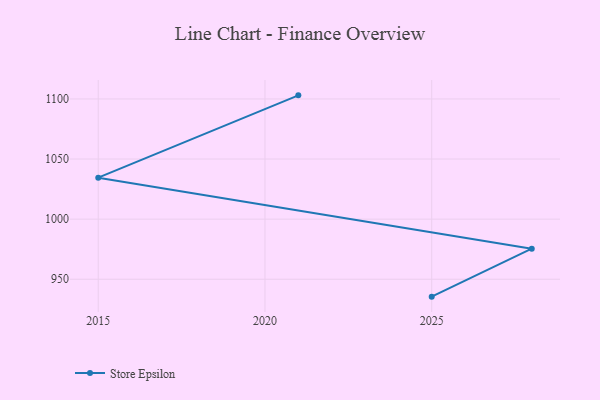
{"axis": {"x": "Year", "y": "Shipments"}, "legend": ["Store Epsilon"], "data": [{"x": "2025", "y": 935.5, "type": "Store Epsilon"}, {"x": "2028", "y": 975.4, "type": "Store Epsilon"}, {"x": "2015", "y": 1034.5, "type": "Store Epsilon"}, {"x": "2021", "y": 1103.0, "type": "Store Epsilon"}]}